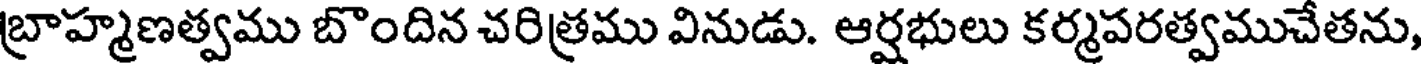
బ్రాహ్మణత్వము బొందిన చరిత్రము వినుడు. ఆర్షభులు కర్మపరత్వముచేతను,